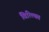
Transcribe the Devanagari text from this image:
वित्त्यित